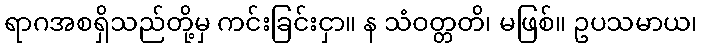
ရာဂအစရှိသည်တို့မှ ကင်းခြင်းငှာ။ န သံဝတ္တတိ၊ မဖြစ်။ ဥပသမာယ၊